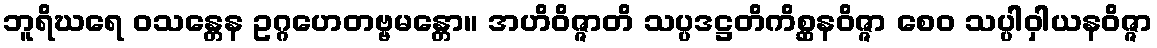
ဘူရိဃရေ ဝသန္တေန ဥဂ္ဂဟေတဗ္ဗမန္တော။ အဟိဝိဇ္ဇာတိ သပ္ပဒဋ္ဌတိကိစ္ဆနဝိဇ္ဇာ စေဝ သပ္ပါဝှါယနဝိဇ္ဇာ